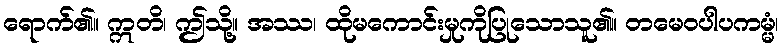
ရောက်၏။ ဣတိ၊ ဤသို့။ အဿ၊ ထိုမကောင်းမှုကိုပြုသောသူ၏။ တမေဝပါပကမ္မံ၊